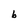
Character: b